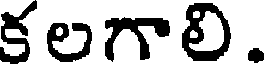
కలగాలి.